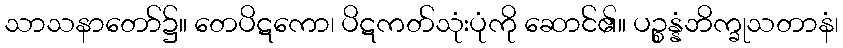
သာသနာတော်၌။ တေပိဋကော၊ ပိဋကတ်သုံးပုံကို ဆောင်၏။ ပဉ္စန္နံဘိက္ခုသတာနံ၊